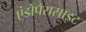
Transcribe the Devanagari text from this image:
एंडोपैरासाइट